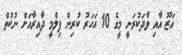
އަޒޫ އާއި ވާދަކުރަނީ މީގެ 10 އަހަރު ކުރިން ފިލްމީ ދާއިރާއަށް ނުކުތް